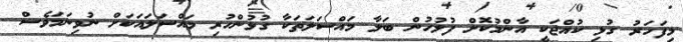
މިފަހަރު ގުޅި ކުއްޖަކީ އާންމުކޮށް ފުލުހުން ބަލާ މައްސަލަތަކާ ގުޅުންހުރި މައްސަލައަކަށް ނުވިނަމަވެސް